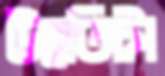
উন্নতিটা